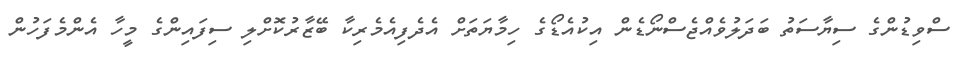
ސްވިޑުންގެ ސިޔާސަތު ބަދަލުވެއްޖެސްނޯޑެން އިކުއެޑޯގެ ހިމާޔަތަށް އެދެފިއެމެރިކާ ބޭޒާރުކޮށްލި ސިފައިންގެ މީހާ އެންމެފަހުން